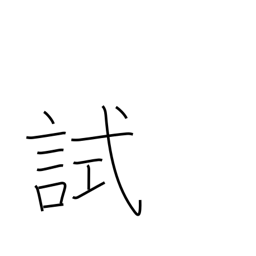
Meaning: test